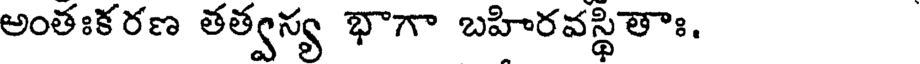
అంతఃకరణ తత్వస్య భాగా బహిరవస్థితాః.